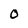
Character: 0